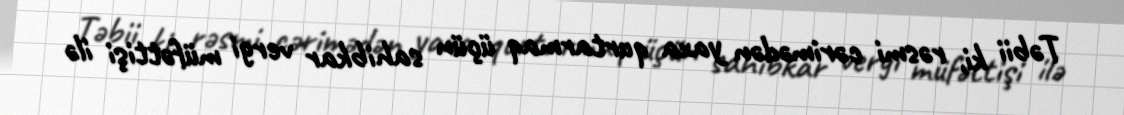
Təbii ki, rəsmi cərimədən yaxa qurtarmaq üçün sahibkar vergi müfəttişi ilə